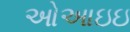
ઓઆઇઇ